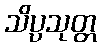
သိပ္ပသုတ္တ